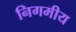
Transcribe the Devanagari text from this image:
निगमीय